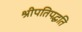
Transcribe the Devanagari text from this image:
श्रीपतिपद्धति